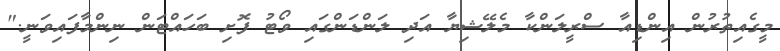
މީގެއިތުރުން އިންޑިއާ ސްރީލަންކާ މެލޭޝިޔާ އަދި ލަންޑަންގައި ވޯޓު ފޮށި ބަހައްޓަން ނިންމާފައިވަނީ."